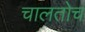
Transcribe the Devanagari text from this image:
चालतोच